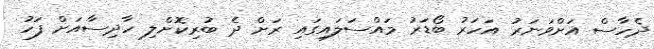
ދެހާސް އަށްވަނަރު އަހަރު ބޯޑަރު މައްސަލައިގައި ރަށް ދެ ބުރިކޮށްލި ހާދިސާއަށް ފަހު